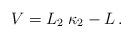
LaTeX: \begin{align*}V = L_2 \; \kappa_2 - L\,.\end{align*}